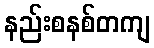
နည်းစနစ်တကျ